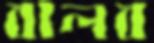
বালব